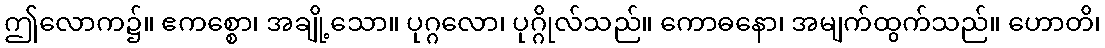
ဤလောက၌။ ဧကစ္စော၊ အချို့သော။ ပုဂ္ဂလော၊ ပုဂ္ဂိုလ်သည်။ ကောဓနော၊ အမျက်ထွက်သည်။ ဟောတိ၊